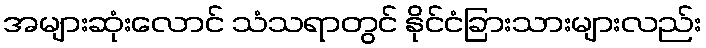
အများဆုံးလောင် သံသရာတွင် နိုင်ငံခြားသားများလည်း